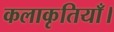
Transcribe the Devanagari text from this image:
कलाकृतियाँ।